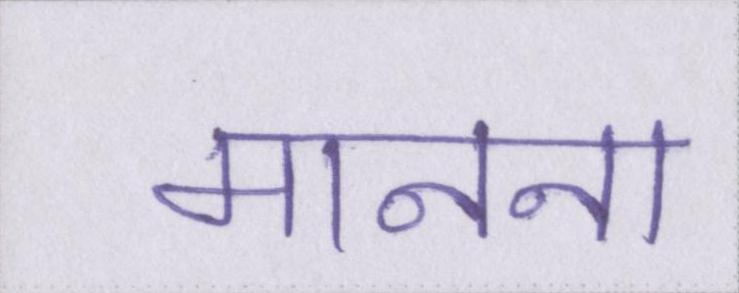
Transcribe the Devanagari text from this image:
मानना